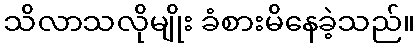
သိလာသလိုမျိုး ခံစားမိနေခဲ့သည်။